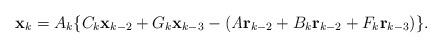
LaTeX: \begin{align*} \textbf{x}_k=A_k\{C_k\textbf{x}_{k-2}+G_k \textbf{x}_{k-3}-(\textit{A}\textbf{r}_{k-2}+B_k \textbf{r}_{k-2}+F_k\textbf{r}_{k-3})\}.\end{align*}